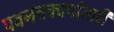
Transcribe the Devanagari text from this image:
पवनचक्क्यांसाठी